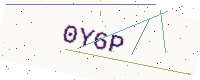
Text: 0Y6P